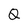
Character: Q